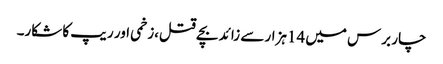
چار برس میں 14ہزار سے زائد بچے قتل،زخمی اور ریپ کا شکار۔